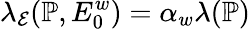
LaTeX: \lambda_{\mathcal{E}}({\mathbb{P}},E_{0}^{w})=\alpha_{w}\lambda({\mathbb{P}})